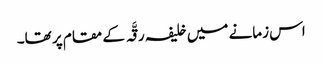
اس زمانے میں خلیفہ رقَّہ کے مقام پر تھا۔